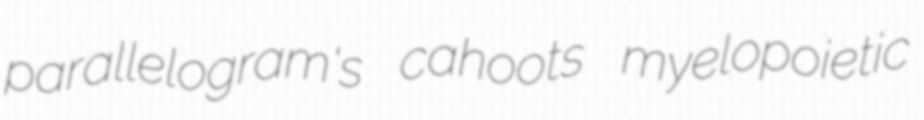
parallelogram's cahoots myelopoietic